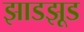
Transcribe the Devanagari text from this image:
झाडझूड